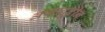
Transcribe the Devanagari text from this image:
असादुदीन